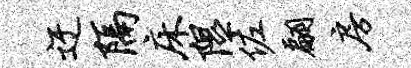
迂隔床隰佐翩房